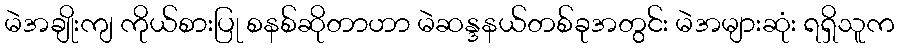
မဲအချိုးကျ ကိုယ်စားပြု စနစ်ဆိုတာဟာ မဲဆန္ဒနယ်တစ်ခုအတွင်း မဲအများဆုံး ရရှိသူက